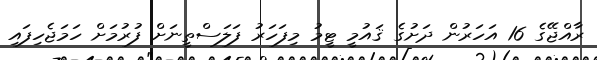
ރާއްޖޭގެ 16 އަހަރުން ދަށުގެ ޤައުމީ ޓީމު މިފަހަރު ފަލަސްތީނަށް ފުރުމަށް ހަމަޖެހިފައި